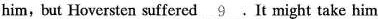
him, but Hoversten suffered \underline{9}.It might take him